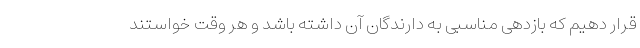
قرار دهیم که بازدهی مناسبی به دارندگان آن داشته باشد و هر وقت خواستند